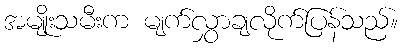
အမျိုးသမီးက မျက်လွှာချလိုက်ပြန်သည်။